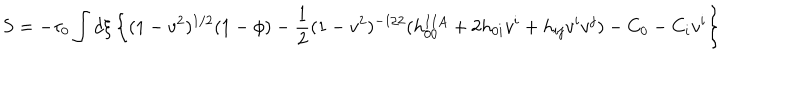
LaTeX: S = - \tau _ { 0 } \int d \xi \left\{ ( 1 - v ^ { 2 } ) ^ { 1 / 2 } ( 1 - \phi ) - { \frac { 1 } { 2 } } ( 1 - v ^ { 2 } ) ^ { - 1 / 2 } ( h _ { 0 0 } ^ { I I A } + 2 h _ { 0 i } v ^ { i } + h _ { i j } v ^ { i } v ^ { j } ) - C _ { 0 } - C _ { i } v ^ { i } \right\}